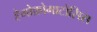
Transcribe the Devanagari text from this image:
हेमोक्रोमाटोसिस